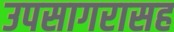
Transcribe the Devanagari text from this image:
उपसागरासह